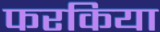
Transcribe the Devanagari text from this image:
फरकिया